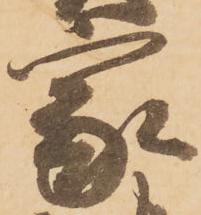
家